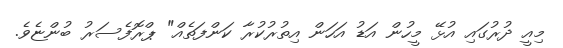
މިއީ ދުރުގައި އުޅޭ މީހުން އަޑު އަހަން އިތުރުކުރާ ކަންފަތެއް" ޕްރޮފެސަރު ބުންޏެވެ.